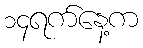
၁၄ရက်နေ့က